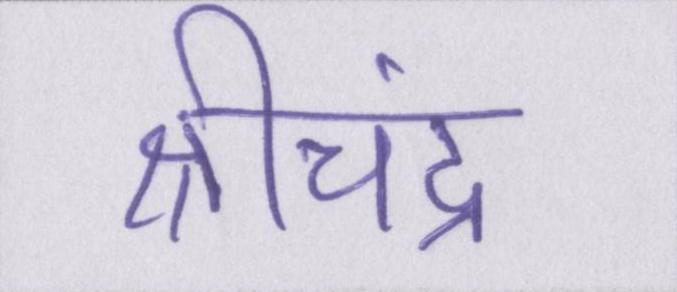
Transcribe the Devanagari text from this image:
श्रीचंद्र